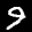
Label: 9